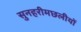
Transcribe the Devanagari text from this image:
सुनहरीमछलीयों